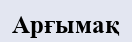
Арғымақ